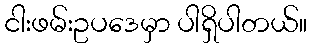
ငါးဖမ်းဥပဒေမှာ ပါရှိပါတယ်။